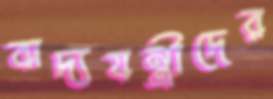
বাদ্যযন্ত্রীদের